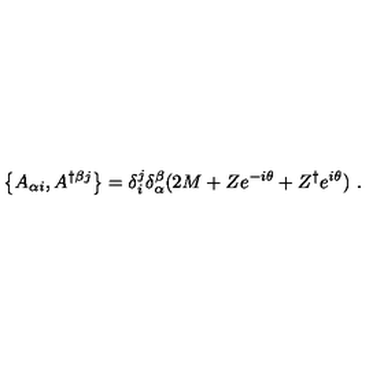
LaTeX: \left\{ A _ { \alpha i } , A ^ { \dagger \beta j } \right\} = \delta _ { i } ^ { j } \delta _ { \alpha } ^ { \beta } ( 2 M + Z e ^ { - i \theta } + Z ^ { \dagger } e ^ { i \theta } ) \ .